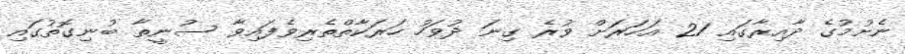
ނެށުމުގެ ދާއިރާގައި 21 އަހަރަށް ވުރެ ގިނަ ދުވަހު ހަރަކާތްތެރިވެފައިވާ ސުނީތާ ބުނިގޮތުގައި